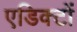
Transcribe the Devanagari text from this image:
एडिक्टों